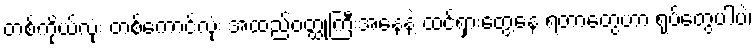
တစ်ကိုယ်လုံး တစ်ကောင်လုံး အထည်ဝတ္ထုကြီးအနေနဲ့ ထင်ရှားတွေ့နေ ရတာတွေဟာ ရုပ်တွေပါပဲ၊